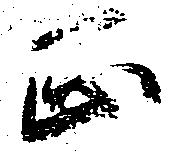
正